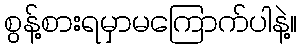
စွန့်စားရမှာမကြောက်ပါနဲ့။